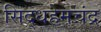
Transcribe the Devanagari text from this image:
सिद्धहेमचंद्र